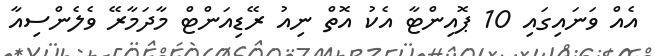
އެއް ވަނައިގައި 10 ޕޮއިންޓާ އެކު އޮތް ނިއު ރޭޑިއަންޓް މާދަމާރޭ ވެލެންސިއާ